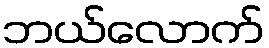
ဘယ်လောက်